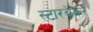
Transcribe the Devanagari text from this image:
स्टारब्रेकर